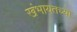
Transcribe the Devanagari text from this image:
खंभायतच्या